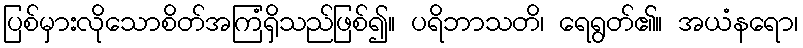
ပြစ်မှားလိုသောစိတ်အကြံရှိသည်ဖြစ်၍။ ပရိဘာသတိ၊ ရေရွတ်၏။ အယံနရော၊